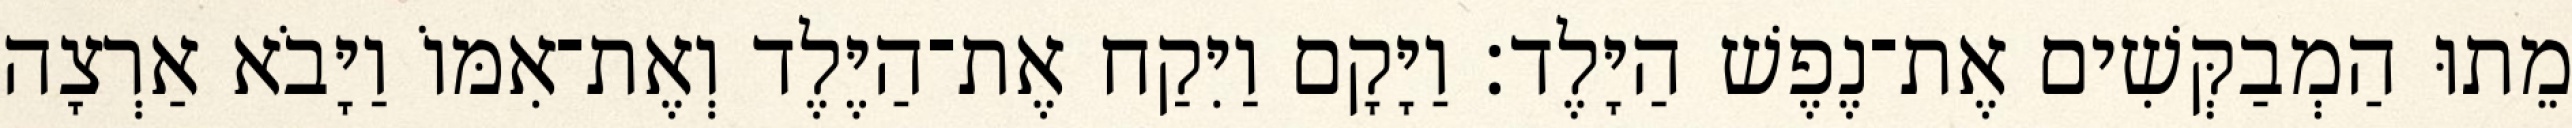
מֵתוּ הַמְבַקְּשִׁים אֶת־נֶפֶשׁ הַיָּלֶד׃ וַיָּקָם וַיִּקַח אֶת־הַיֶּלֶד וְאֶת־אִמּוֹ וַיָּבֹא אַרְצָה